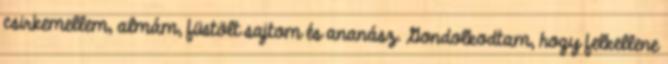
csirkemellem, almám, füstölt sajtom és ananász. Gondolkodtam, hogy felkellene